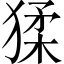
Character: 猱